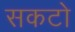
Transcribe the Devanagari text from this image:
सकटो